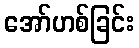
အော်ဟစ်ခြင်း